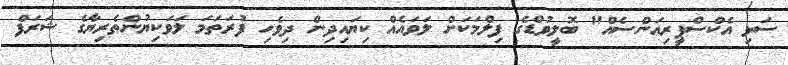
ސަޅި އެކްސްޕީރިއަންސެއް" ބޮލީވުޑްގެ ފިލްމަކަށް ލަވައެއް ކިޔައިދިން ދިވެހި ފުރަތަމަ ލަވަކިޔުންތެރިޔާގެ ޝަރަފް